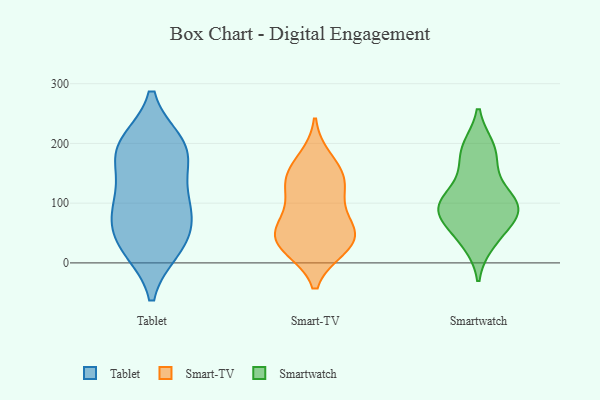
{"axis": {"x": "Inventory Turnover", "y": "Value"}, "legend": ["Smart-TV", "Smartwatch", "Tablet"], "data": [{"x": "", "y": 91, "type": "Tablet"}, {"x": "", "y": 29, "type": "Tablet"}, {"x": "", "y": 194, "type": "Tablet"}, {"x": "", "y": 183, "type": "Tablet"}, {"x": "", "y": 167, "type": "Tablet"}, {"x": "", "y": 27, "type": "Tablet"}, {"x": "", "y": 122, "type": "Tablet"}, {"x": "", "y": 24, "type": "Tablet"}, {"x": "", "y": 200, "type": "Tablet"}, {"x": "", "y": 101, "type": "Tablet"}, {"x": "", "y": 77, "type": "Tablet"}, {"x": "", "y": 199, "type": "Tablet"}, {"x": "", "y": 63, "type": "Tablet"}, {"x": "", "y": 156, "type": "Smart-TV"}, {"x": "", "y": 64, "type": "Smart-TV"}, {"x": "", "y": 44, "type": "Smart-TV"}, {"x": "", "y": 129, "type": "Smart-TV"}, {"x": "", "y": 135, "type": "Smart-TV"}, {"x": "", "y": 25, "type": "Smart-TV"}, {"x": "", "y": 174, "type": "Smart-TV"}, {"x": "", "y": 94, "type": "Smart-TV"}, {"x": "", "y": 26, "type": "Smart-TV"}, {"x": "", "y": 54, "type": "Smart-TV"}, {"x": "", "y": 28, "type": "Smart-TV"}, {"x": "", "y": 133, "type": "Smart-TV"}, {"x": "", "y": 53, "type": "Smart-TV"}, {"x": "", "y": 94, "type": "Smartwatch"}, {"x": "", "y": 187, "type": "Smartwatch"}, {"x": "", "y": 193, "type": "Smartwatch"}, {"x": "", "y": 34, "type": "Smartwatch"}, {"x": "", "y": 90, "type": "Smartwatch"}, {"x": "", "y": 147, "type": "Smartwatch"}, {"x": "", "y": 82, "type": "Smartwatch"}, {"x": "", "y": 100, "type": "Smartwatch"}, {"x": "", "y": 53, "type": "Smartwatch"}, {"x": "", "y": 101, "type": "Smartwatch"}]}